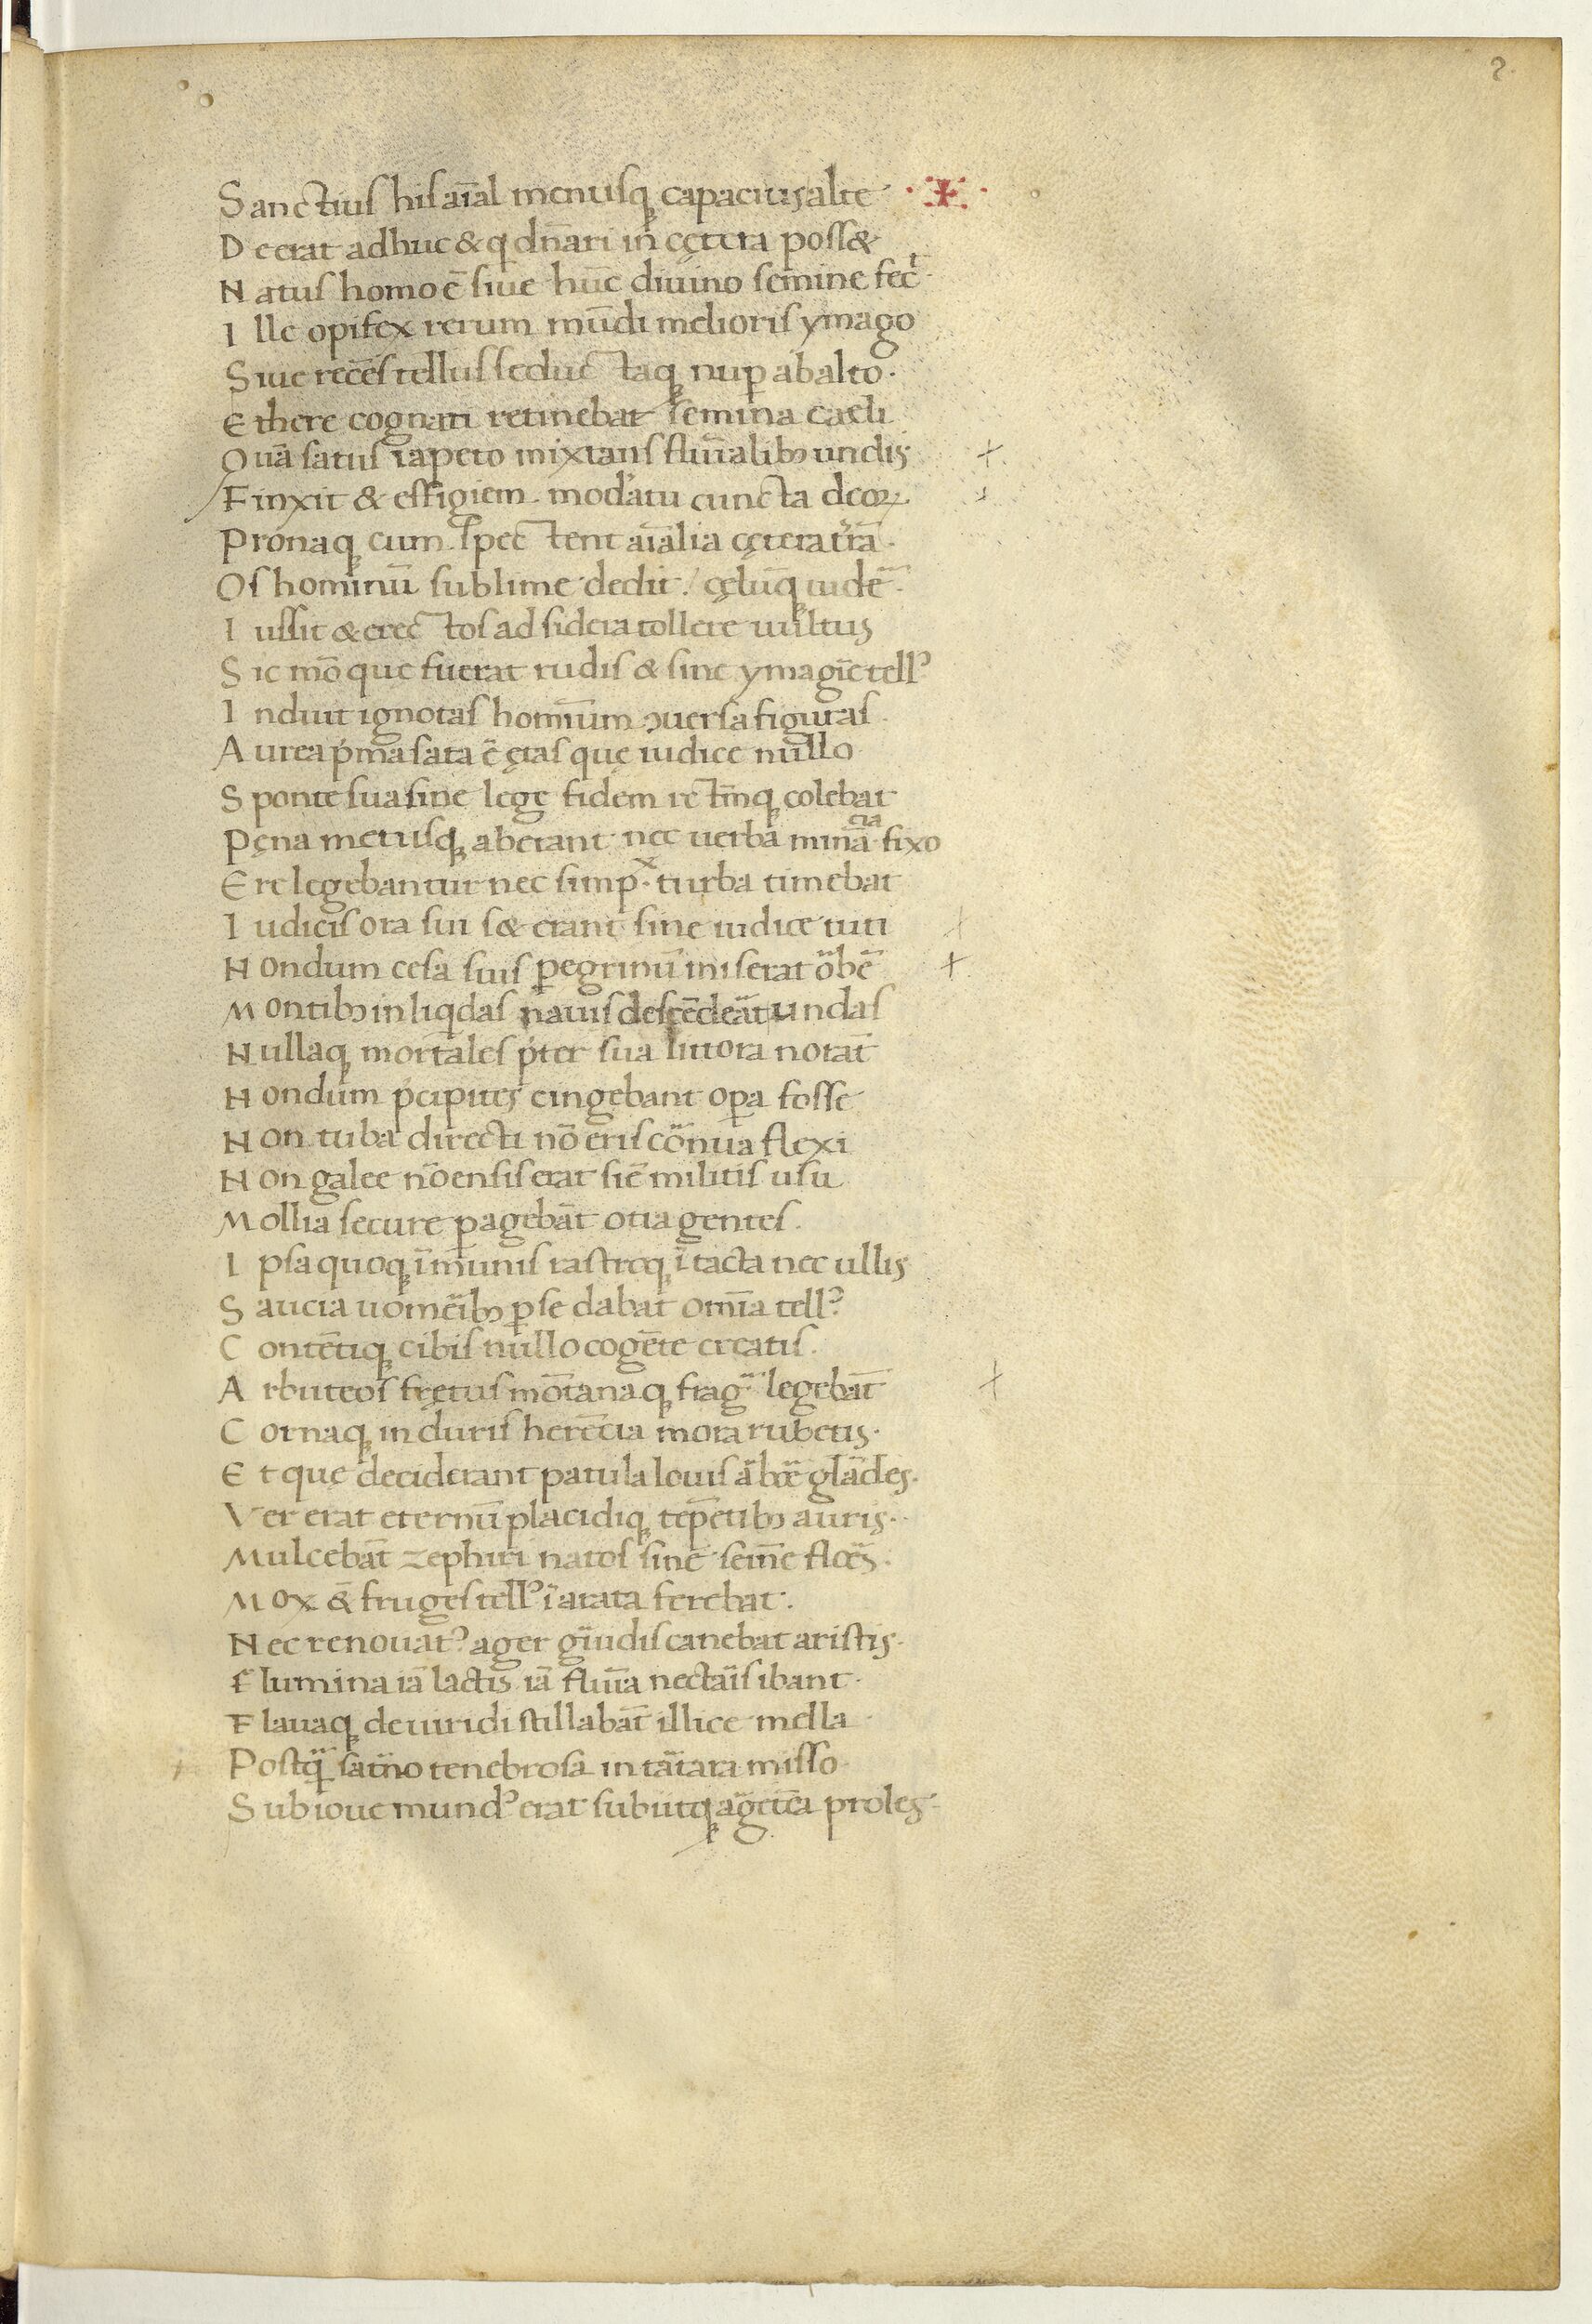
Shelfmark: Paris, BnF, Arsenal ms. 1046
Century: 15